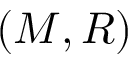
( M , R )